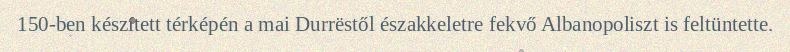
150-ben készített térképén a mai Durrëstől északkeletre fekvő Albanopoliszt is feltüntette.